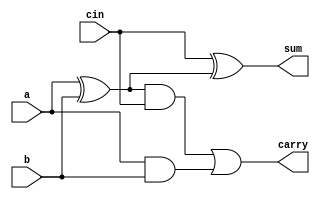
module add1(a,b,cin,sum,carry);
  input a,b,cin;
  output sum,carry;
  
  xor G1 (p,a,b);
  xor G2 (sum,cin,p);
  and G3 (q,p,cin);
  and G4 (r,a,b);
  or G5 (carry,q,r);

endmodule